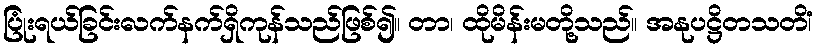
ပြုံးရယ်ခြင်းလက်နက်ရှိကုန်သည်ဖြစ်၍။ တာ၊ ထိုမိန်းမတို့သည်။ အနုပဋ္ဌိတသတိံ၊